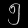
Digit: ၅